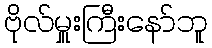
ဗိုလ်မှူးကြီးနော်ဘူ